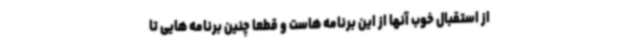
از استقبال خوب آنها از این برنامه هاست و قطعا چنین برنامه هایی تا